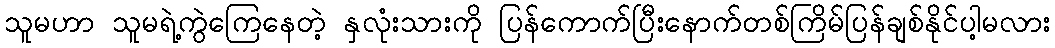
သူမဟာ သူမရဲ့ကွဲကြေနေတဲ့ နှလုံးသားကို ပြန်ကောက်ပြီးနောက်တစ်ကြိမ်ပြန်ချစ်နိုင်ပါ့မလား